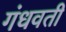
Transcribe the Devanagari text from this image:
गंधवती